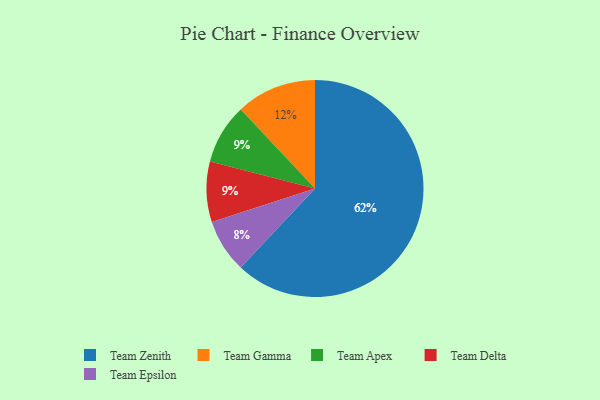
{"axis": {"x": "Category", "y": "Percentage"}, "legend": ["Team Apex", "Team Delta", "Team Epsilon", "Team Gamma", "Team Zenith"], "data": [{"x": "Team Epsilon", "y": 8, "type": "Team Epsilon"}, {"x": "Team Apex", "y": 9, "type": "Team Apex"}, {"x": "Team Gamma", "y": 12, "type": "Team Gamma"}, {"x": "Team Zenith", "y": 62, "type": "Team Zenith"}, {"x": "Team Delta", "y": 9, "type": "Team Delta"}]}